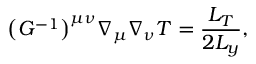
\bigl ( G ^ { - 1 } \bigr ) ^ { \mu \nu } \nabla _ { \mu } \nabla _ { \nu } T = \frac { L _ { T } } { 2 L _ { y } } ,